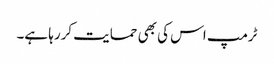
ٹرمپ اس کی بھی حمایت کررہا ہے۔